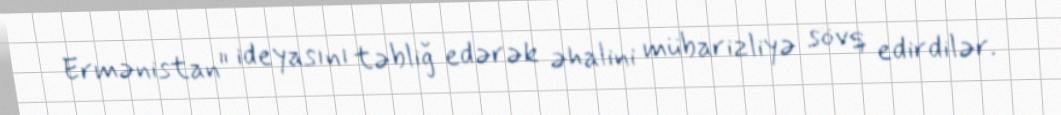
Ermənistan" ideyasını təbliğ edərək əhalini mübarizliyə sövq edirdilər.